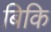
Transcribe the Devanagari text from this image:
बिकि